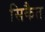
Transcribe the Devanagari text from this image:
सिकैत